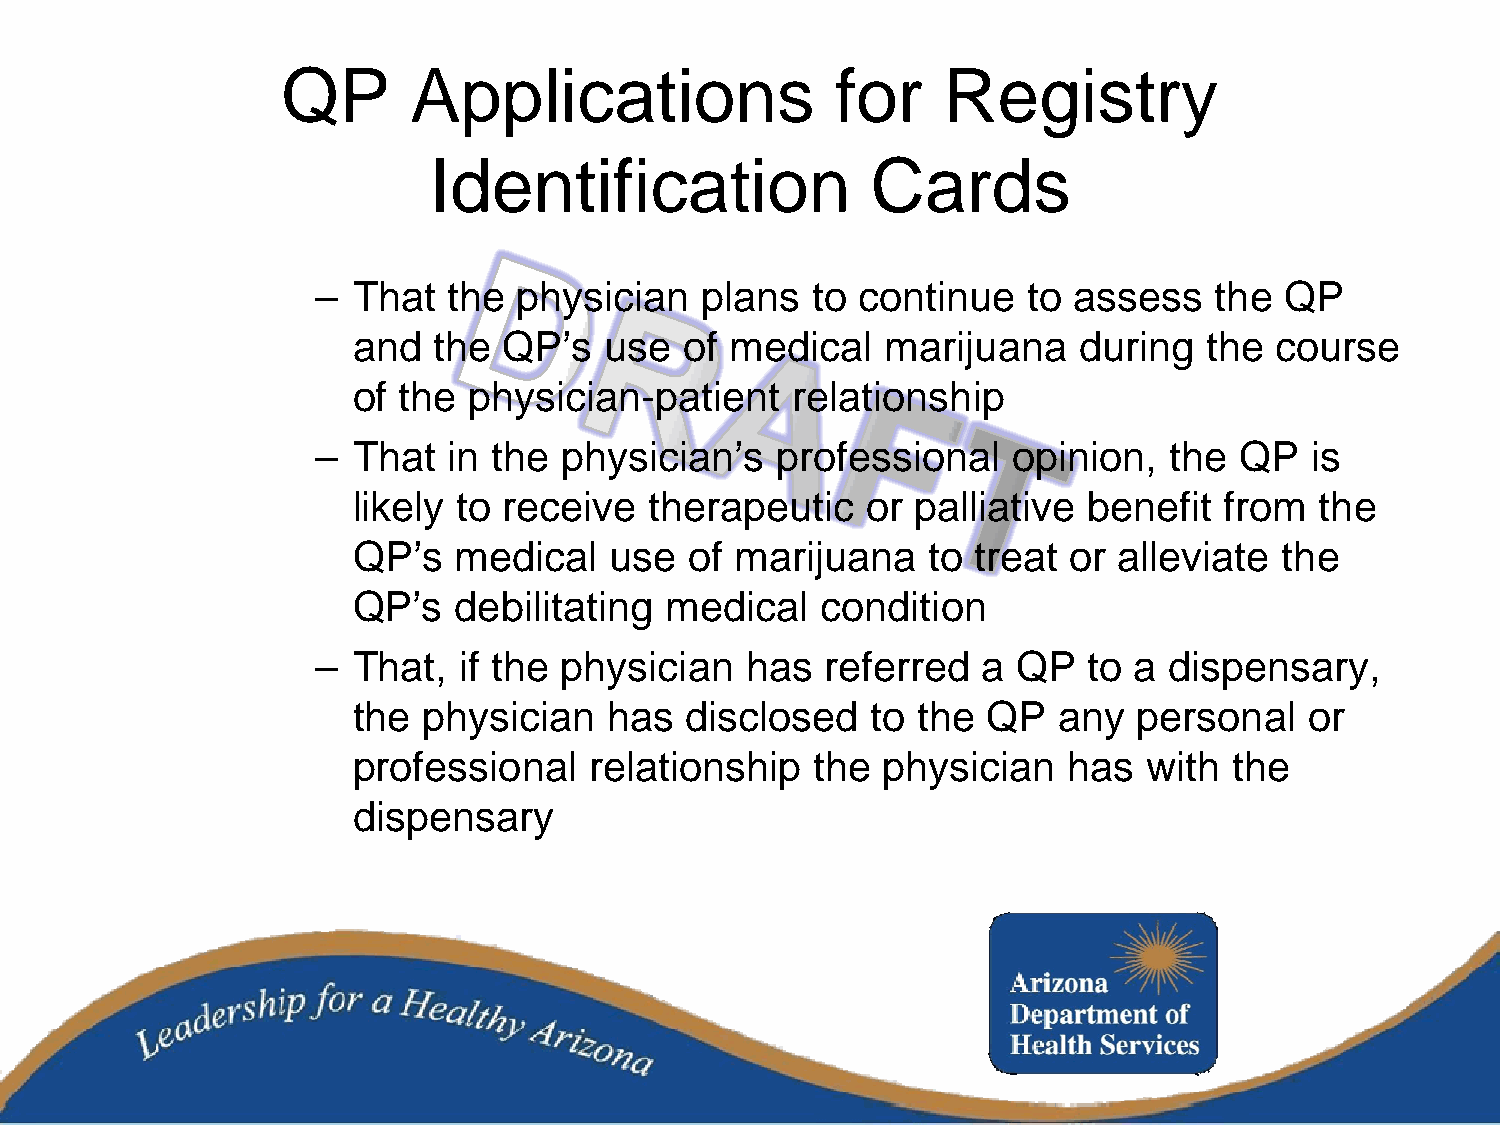
QP      Applications                for    Registry
 Identification                Cards
 – That   the physician   plans   to continue   to assess   the  QP
 and   the QP’s   use  of medical    marijuana   during   the course
 of the  physician-patient    relationship
 – That   in the physician’s   professional    opinion,  the  QP   is
 likely to receive   therapeutic   or palliative  benefit  from  the
 QP’s   medical   use   of marijuana   to treat  or alleviate  the
 QP’s   debilitating  medical   condition
 – That,  if the physician   has   referred  a QP   to a dispensary,
 the  physician   has  disclosed    to the QP   any  personal    or
 professional    relationship   the physician    has  with  the
 dispensary